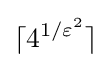
\lceil 4^{1/\varepsilon ^{2}}\rceil